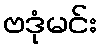
ဗဒုံမင်း